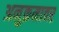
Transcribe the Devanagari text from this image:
अनुक्रमावर